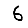
Digit: 6